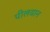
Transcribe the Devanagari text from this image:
पीलवान